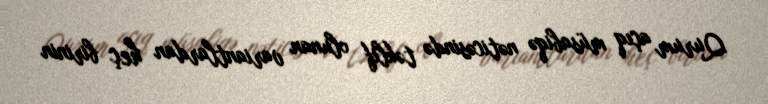
Qurum açıq müsabiqə nəticəsində təklif olunan variantlardan heç birinin